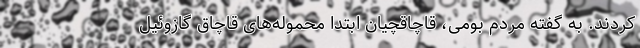
کردند. به گفته مردم بومی، قاچاقچیان ابتدا محموله‌های قاچاق گازوئیل